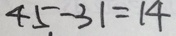
4 5 . - 3 1 = 1 4